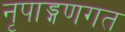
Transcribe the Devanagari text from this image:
नृपाड्गणगत